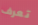
تعرف